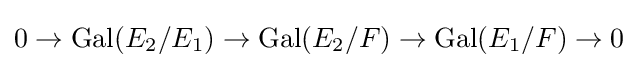
0\to {\text{Gal}}(E_{2}/E_{1})\to {\text{Gal}}(E_{2}/F)\to {\text{Gal}}(E_{1}/F)\to 0